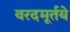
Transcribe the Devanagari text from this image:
वरदमूर्तये